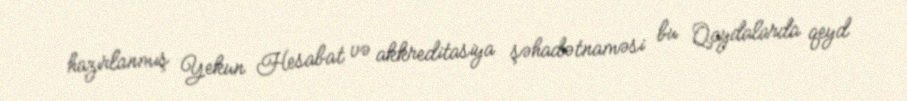
hazırlanmış Yekun Hesabat və akkreditasiya şəhadətnaməsi bu Qaydalarda qeyd